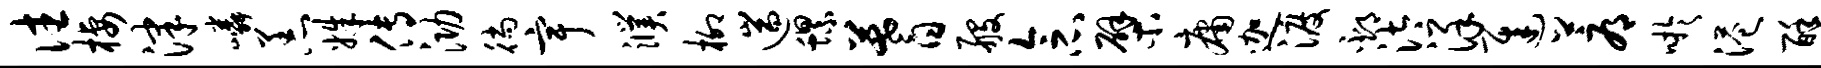
往栖津嶙恙姝传泐徜宇濮柳遄螺蓍般念檗庸迦渡邳汰详迟蓐吁港酥